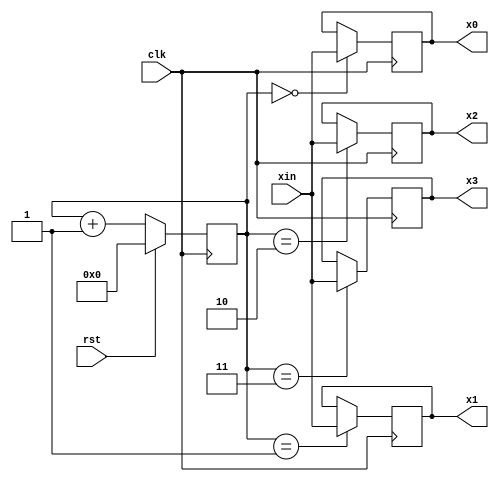
module adaptfileightinput(xin,clk,rst,x0,x1,x2,x3);

input signed [7:0] xin;
input clk,rst;
output reg signed [7:0]x0,x1,x2,x3;


reg [7:0]count;
always@(posedge clk)
begin
     if(rst)
        count = 0;
     else 
        count = count+1;
end




always@(posedge clk)
begin
     case(count)
    0:x0=xin;
    1:x1=xin;
    2:x2=xin;
    3:x3=xin;
     endcase
end

endmodule